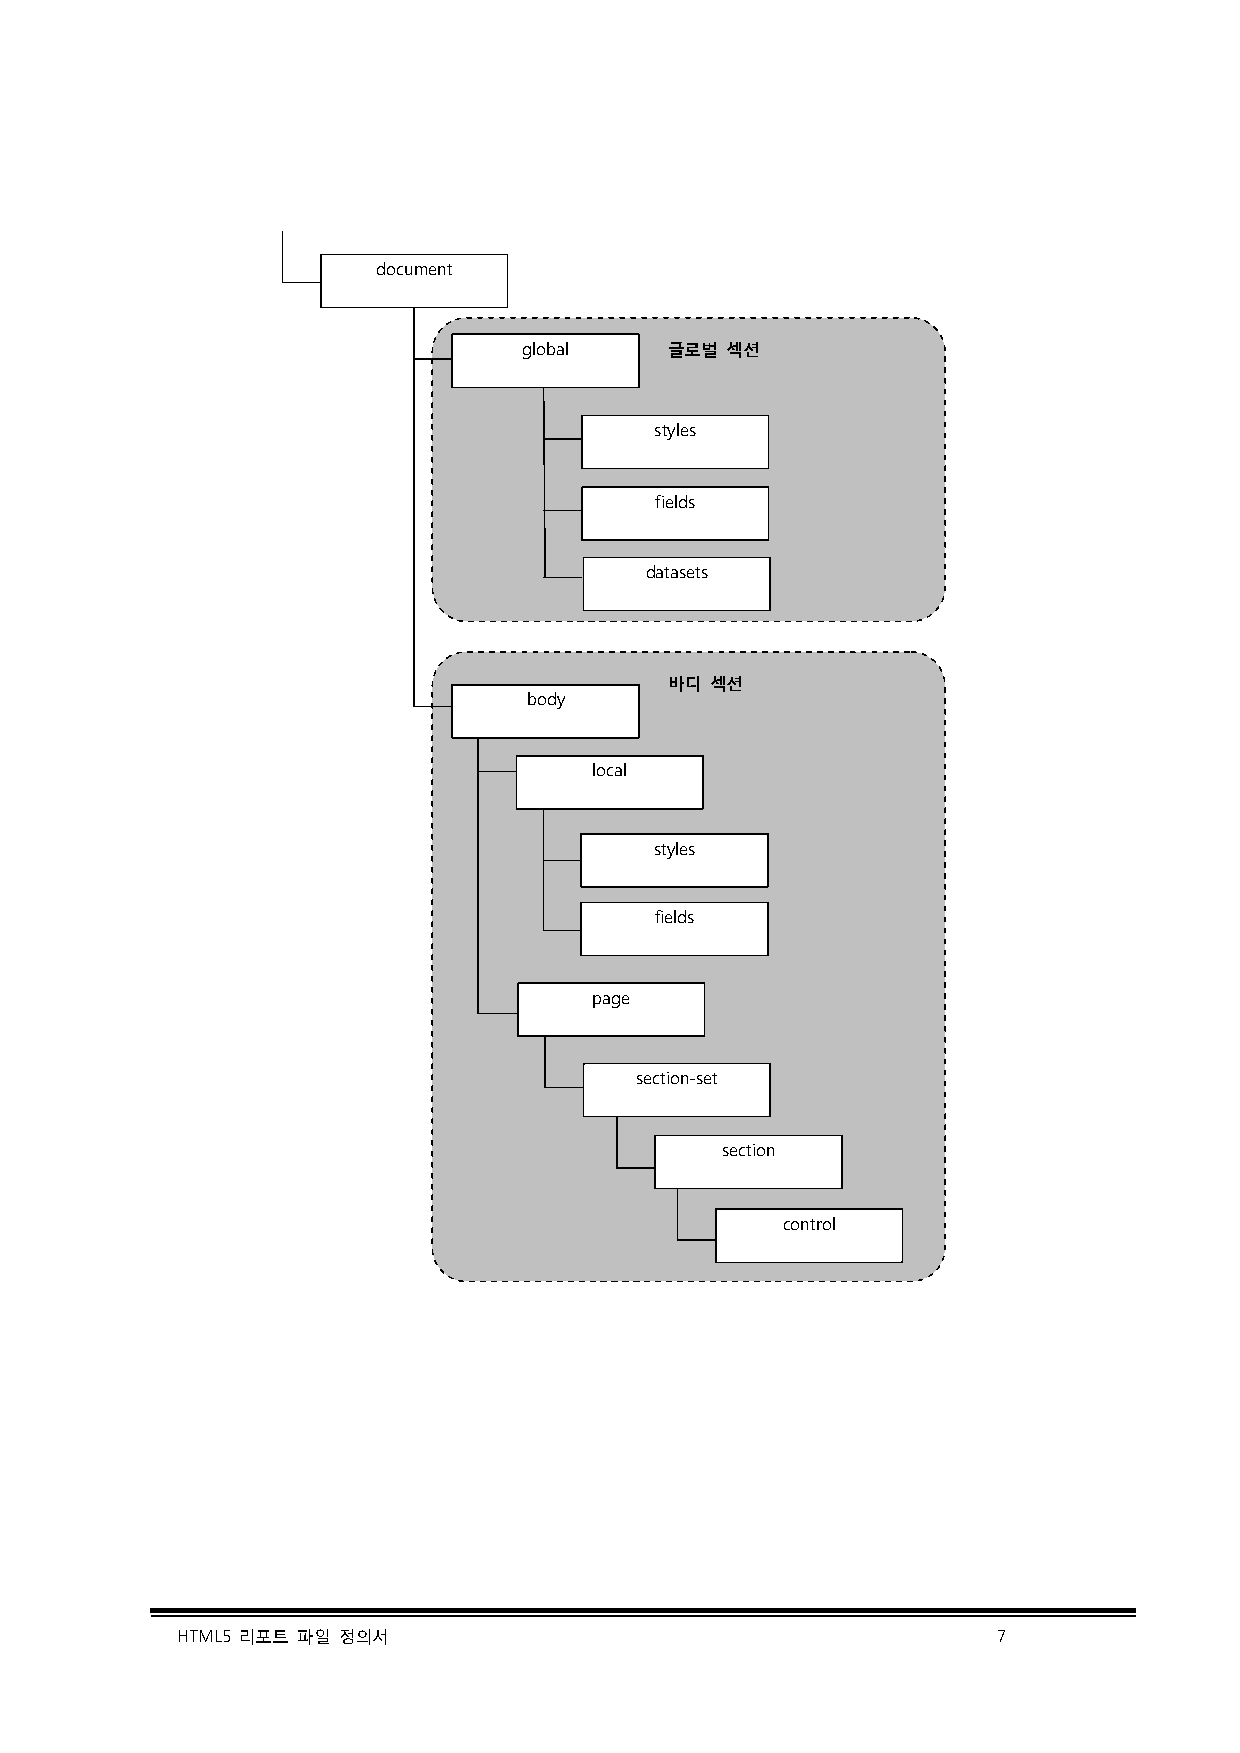
document
 global   글로벌 섹션
 styles
 fields
 datasets
 바디 섹션
 body
 local
 styles
 fields
 page
 section-set
 section
 control
 HTML5 리포트 파일 정의서                                      7